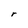
Character: r